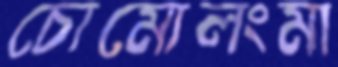
চোমোলংমা